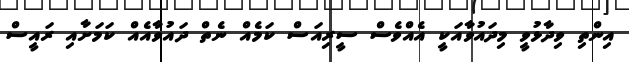
އިންތި ވިދާޅުވީ މިދައުވާއަކީ އެއްވެސް ސީރިއަސް ކަމެއް ނެތް ދައުވާއެއް ކަމަށާއި ރައީސް